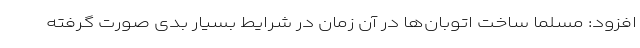
افزود: مسلما ساخت اتوبان‌ها در آن زمان در شرایط بسیار بدی صورت گرفته